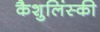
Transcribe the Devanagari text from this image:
कैशुलिंस्की